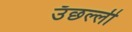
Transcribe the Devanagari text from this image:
उँछल्ली